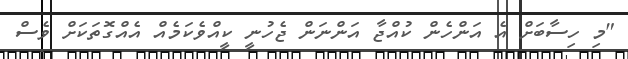
"މި ހިސާބަށް އެ އަންހެން ކުއްޖާ އަންނަން ޖެހުނީ ކީއްވެކަމެއް އެއްގޮތަކަށް ވެސް